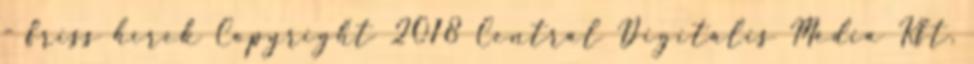
- friss hírek Copyright 2018 Central Digitális Média Kft.